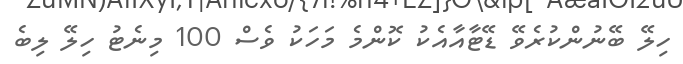
ހިލޭ ބޭނުންކުރެވޭ ޑޭޓާއާއެކު ކޮންމެ މަހަކު ވެސް 100 މިނެޓު ހިލޭ ލިބެ